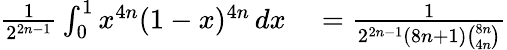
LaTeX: \begin{array}{rl}{{\frac{1}{2^{2n-1}}}\int_{0}^{1}x^{4n}(1-x)^{4n}\, dx}&{{}={\frac{1}{2^{2n-1}(8n+1){\binom{8n}{4n}}}}}\end{array}